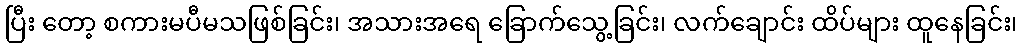
ပြီး တော့ စကားမပီမသဖြစ်ခြင်း၊ အသားအရေ ခြောက်သွေ့ခြင်း၊ လက်ချောင်း ထိပ်များ ထူနေခြင်း၊